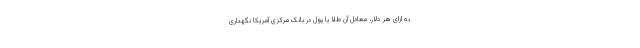
به ازای هر دلار، معادل آن طلا یا پول در بانک مرکزی آمریکا نگهداری